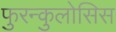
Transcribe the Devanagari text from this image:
फुरन्कुलोसिस